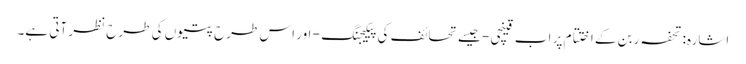
اشارہ: تحفہ ربن کے اختتام پر اب قینچی - جیسے تحائف کی پیکیجنگ - اور اس طرح پتیوں کی طرح نظر آتی ہے۔